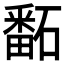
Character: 𥕿